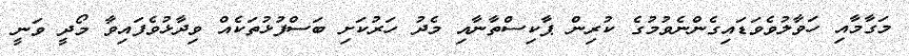
މަގާމާއި ހަވާލުވެވަޑައިގެންނެވުމުގެ ކުރިން ޕާކިސްތާނާއި މެދު ހަރުކަށި ބަސްފުޅުތަކެއް ވިދާޅުވެފައިވާ މޯދީ ވަނީ